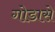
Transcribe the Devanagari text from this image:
गोडासे